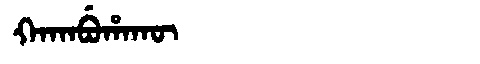
Manchu: ᡴᠠᡴᠠᠪᡠᡥᠠᡴᡡ
Romanization: KAKABUHAKŪ